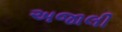
અજાલી